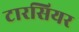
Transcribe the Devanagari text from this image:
टारसियर